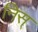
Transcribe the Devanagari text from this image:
निस्